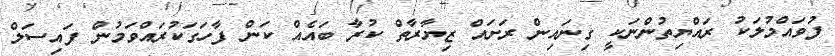
ފުވައްމުލަކު ރައްޔިތުންނަކީ ގިނައިން ރަށައް ޒިޔާރާތް ކުރާ ބައެއް ކަން ފާހަގަކުރައްވަމުން ފައިސަލް